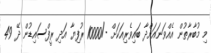
މި މުބާރާތުން އެއްވަނައަށްދާ ބައިވެރިއަކަށް -/10000 ރުފިޔާ އަދި ރީފްސައިޑުން ދޭ 49